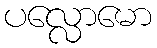
ပလ္လောမော